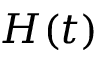
H ( t )